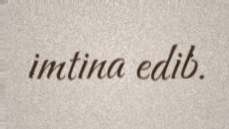
imtina edib.